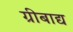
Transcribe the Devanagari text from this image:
ग्रीबाद्य